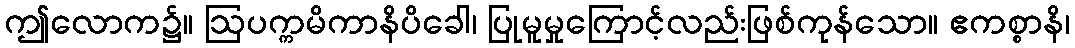
ဤလောက၌။ ဩပက္ကမိကာနိပိခေါ၊ ပြုမူမှုကြောင့်လည်းဖြစ်ကုန်သော။ ဧကစ္စာနိ၊